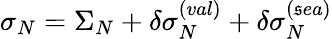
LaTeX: \sigma_{N}=\Sigma_{N}+\delta\sigma_{N}^{(val)}+\delta\sigma_{N}^{(\mathfrak{s}ea)}